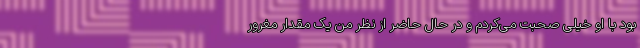
بود با او خیلی صحبت می‌کردم و در حال حاضر از نظر من یک مقدار مغرور